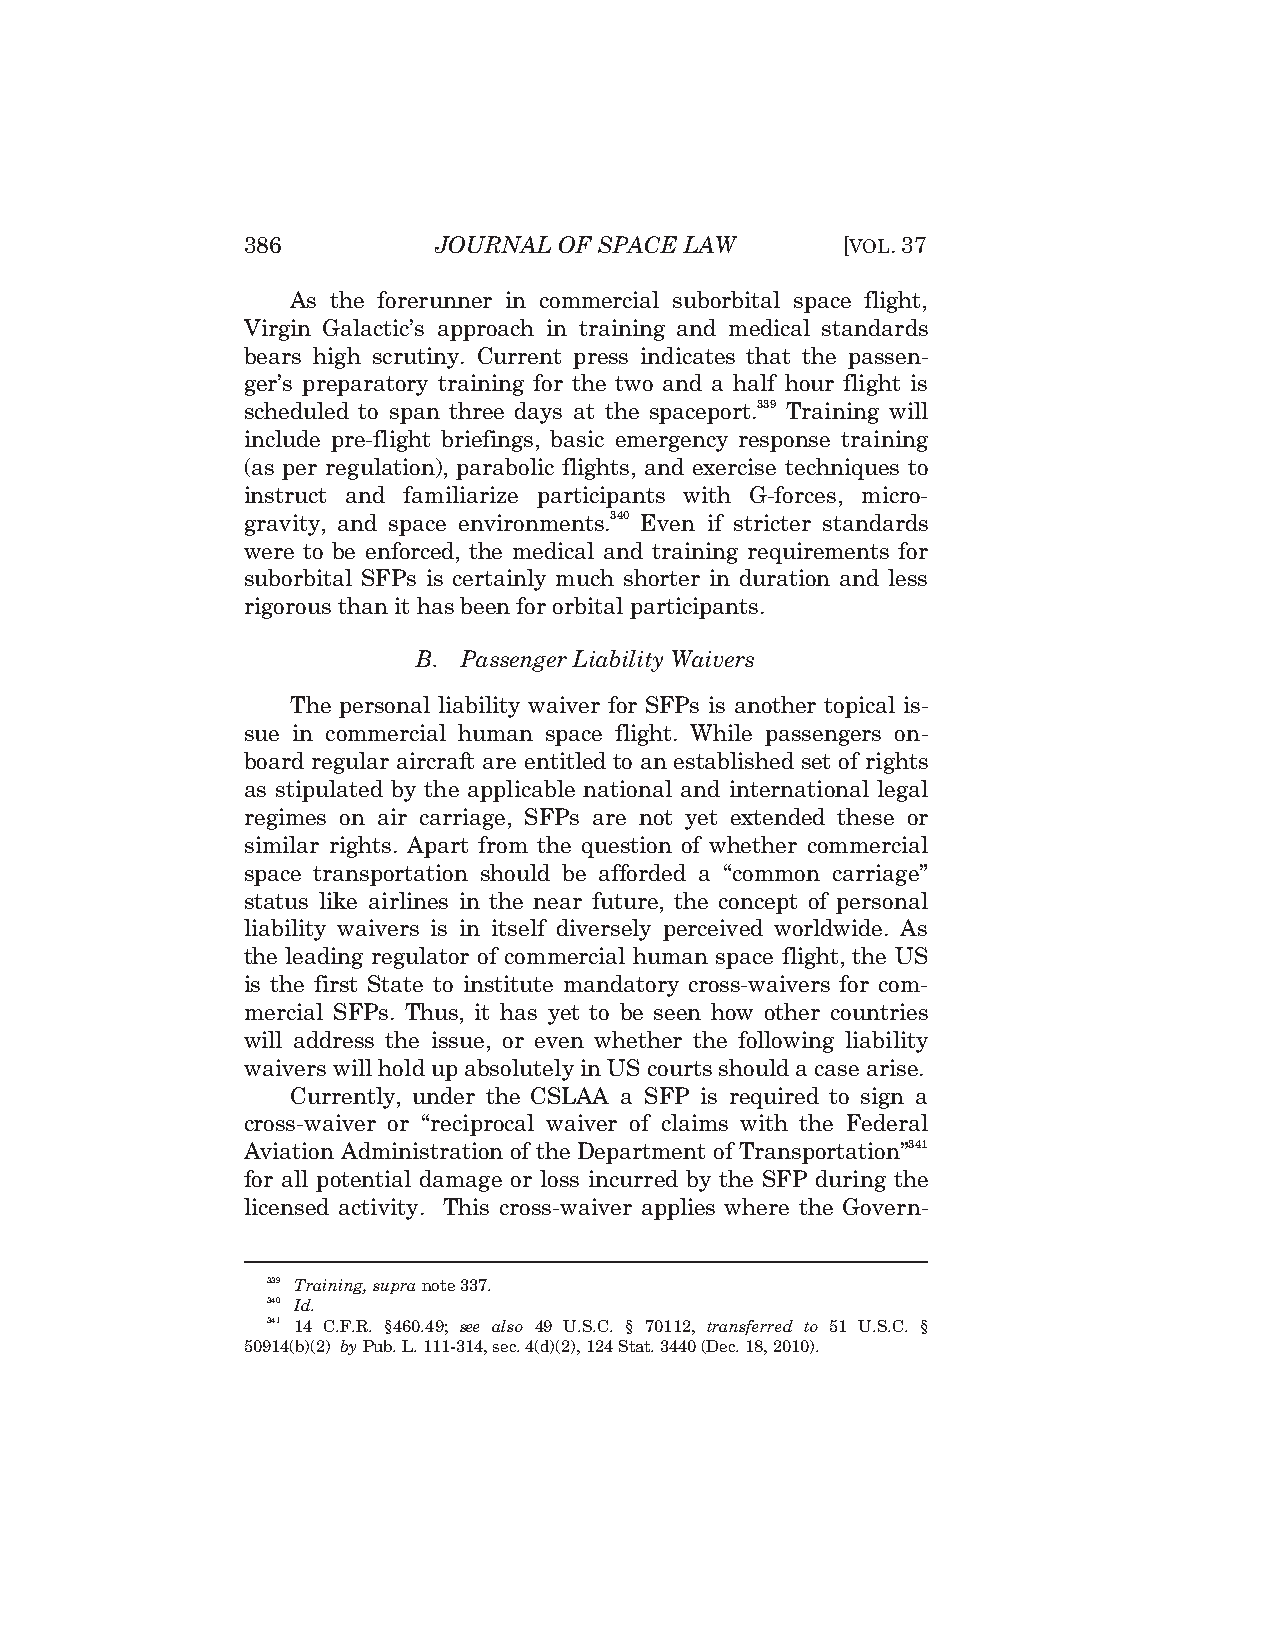
386          JOURNAL OF SPACE LAW       [VOL.37
 As the forerunner in commercial suborbital space flight,
 Virgin Galactic’s approach in training and medical standards
 bears high scrutiny. Current press indicates that the passen-
 ger’s preparatory training for the two and a half hour flight is
 scheduled to span three days at the spaceport.339 Training will
 include pre-flight briefings, basic emergency response training
 (as per regulation), parabolic flights, and exercise techniques to
 instruct and familiarize participants with G-forces, micro-
 gravity, and space environments.340 Even if stricter standards
 were to be enforced, the medical and training requirements for
 suborbital SFPs is certainly much shorter in duration and less
 rigorous than it has been for orbital participants.
 B. Passenger Liability Waivers
 The personal liability waiver for SFPs is another topical is-
 sue in commercial human space flight. While passengers on-
 board regular aircraft are entitled to an established set of rights
 as stipulated by the applicable national and international legal
 regimes on air carriage, SFPs are not yet extended these or
 similar rights. Apart from the question of whether commercial
 space transportation should be afforded a “common carriage”
 status like airlines in the near future, the concept of personal
 liability waivers is in itself diversely perceived worldwide. As
 the leading regulator of commercial human space flight, the US
 is the first State to institute mandatory cross-waivers for com-
 mercial SFPs. Thus, it has yet to be seen how other countries
 will address the issue, or even whether the following liability
 waivers will hold up absolutely in US courts should a case arise.
 Currently, under the CSLAA a SFP is required to sign a
 cross-waiver or “reciprocal waiver of claims with the Federal
 Aviation Administration of the Department of Transportation”341
 for all potential damage or loss incurred by the SFP during the
 licensed activity. This cross-waiver applies where the Govern-
 339 Training, supra note 337.
 340 Id.
 341 14 C.F.R. §460.49; see also 49 U.S.C. § 70112, transferred to 51 U.S.C. §
 50914(b)(2) by Pub. L. 111-314, sec. 4(d)(2), 124 Stat. 3440 (Dec. 18, 2010).